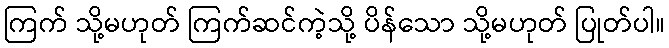
ကြက် သို့မဟုတ် ကြက်ဆင်ကဲ့သို့ ပိန်သော သို့မဟုတ် ပြုတ်ပါ။